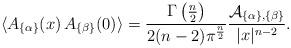
LaTeX: \begin{align*}\langle A_{\{\alpha\}}(x)\, A_{\{\beta\}}(0) \rangle={\Gamma\left({n\over 2}\right)\over 2(n-2)\pi^{n\over 2}}{{\cal A}_{\{\alpha\},\{\beta\}}\over |x|^{n-2}}.\end{align*}